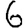
Digit: 6